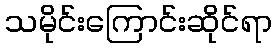
သမိုင်းကြောင်းဆိုင်ရာ